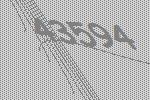
43594